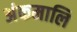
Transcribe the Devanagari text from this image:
अंकमालि